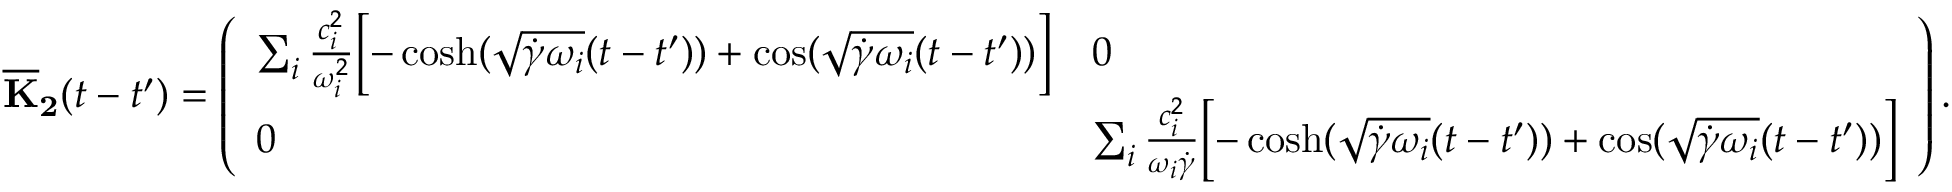
\mathbf { { \overline { { K } } _ { 2 } } } ( t - t ^ { \prime } ) = \left( \begin{array} { l l } { \sum _ { i } \frac { c _ { i } ^ { 2 } } { \omega _ { i } ^ { 2 } } \Bigl [ - \cosh ( \sqrt { \dot { \gamma } \omega _ { i } } ( t - t ^ { \prime } ) ) + \cos ( \sqrt { \dot { \gamma } \omega _ { i } } ( t - t ^ { \prime } ) ) \Bigr ] } & { 0 } \\ { 0 } & { \sum _ { i } \frac { c _ { i } ^ { 2 } } { \omega _ { i } \dot { \gamma } } \Bigl [ - \cosh ( \sqrt { \dot { \gamma } \omega _ { i } } ( t - t ^ { \prime } ) ) + \cos ( \sqrt { \dot { \gamma } \omega _ { i } } ( t - t ^ { \prime } ) ) \Bigr ] } \end{array} \right) .